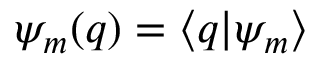
\psi _ { m } ( q ) = \langle q | \psi _ { m } \rangle